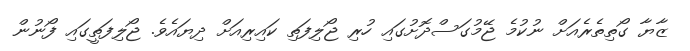
ޒާޔާ ގޯތިތެރެއަށް ނުކުމެ ޖޭމުގަސްދޮށުގައި ހުރި ޖޯލިފަތި ކައިރިއަށް ދިޔައެވެ. ޖޯލިފަތީގައި ފޯނުން